Plague in India, 1896, 1897 - Volume 1
Year: 1896
Disease focus: Plague
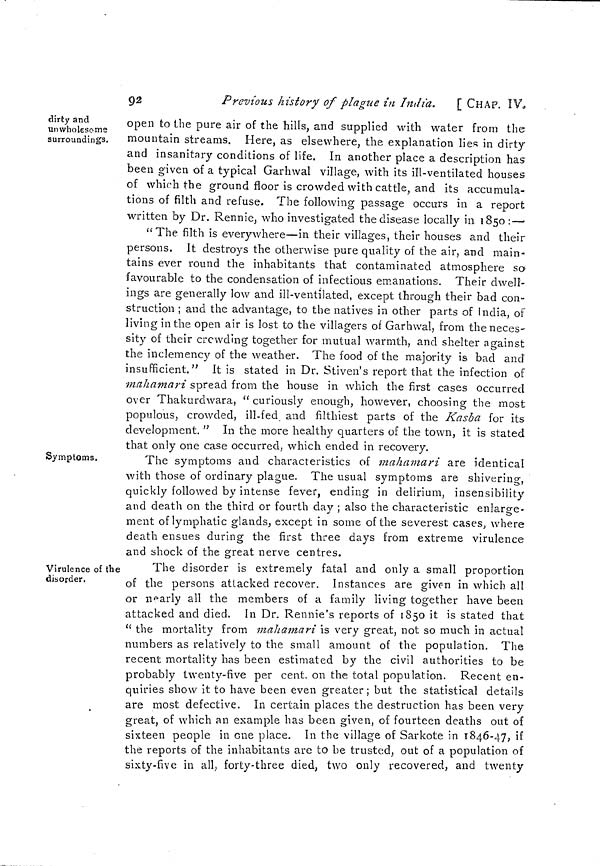
92
Previous history of plague în India. [ CHAP. IV.
dirty and
unwholesome
surroundings.
open to the pure air of the hills, and supplied with water from the
mountain streams. Here, as elsewhere, the explanation lies in dirty
and insanitary conditions of life. In another place a description has-
been given of a typical Garhwal village, with its iil-ventilated houses
of which the ground floor is crowded with cattle, and its accumula-
tions of filth and refuse. The following passage occurs in a report
written by Dr. Rennie, who investigated the disease locally in 1850 :—
"The filth is everywhere—in their villages, their houses and their
persons. It destroys the otherwise pure quality of the air, and main-
tains ever round the inhabitants that contaminated atmosphere so
favourable to the condensation of infectious emanations. Their dwell-
ings are generally low and ill-ventilated, except through their bad con-
struction ; and the advantage, to the natives in other parts of India, of
living in the open air is lost to the villagers oí Garhwal, from the neces-
sity of their crowding together for mutual warmth, and shelter against
the inclemency of the weather. The food of the majority is bad and
insufficient." It is stated in Dr. Stiven's report that the infection of
mahamari spread from the house in which the first cases occurred
over Thakurdwara, "curiously enough, however, choosing the most
populous, crowded, ill-fed and filthiest parts of the Kasba for its
development." In the more healthy quarters of the town, it is stated
that only one case occurred, which ended in recovery.
Symptoms,
The symptoms and characteristics of mahamari are identical
with those of ordinary plague. The usual symptoms are shivering,
quickly followed by intense fever, ending in delirium, insensibility
and death on the third or fourth day ; also the characteristic enlarge-
ment of lymphatic glands, except in some of the severest cases, where
death ensues during the first three days from extreme virulence
and shock of the great nerve centres.
Virulence of the
disorder.
The disorder is extremely fatal and only a small proportion
of the persons attacked recover. Instances are given in which all
or nearly all the members of a family living together have been
attacked and died, In Dr. Rennie's reports of 1850 it is stated that
" the mortality from mahamari is very great, not so much in actual
numbers as relatively to the small amount of the population. The
recent mortality has been estimated by the civil authorities to be
probably twenty-five per cent. on the total population. Recent en-
quiries show it to have been even greater; but the statistical details
are most defective. In certain places the destruction has been very
great, of which an example has been given, of fourteen deaths out of
sixteen people in one place. In the village of Sarkote in 1846-47, if
the reports of the inhabitants are to be trusted, out of a population of
sixty-five in all, forty-three died, two only recovered, and twenty